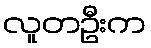
လူတဦးက